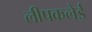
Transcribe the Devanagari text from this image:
लीपकलेई